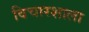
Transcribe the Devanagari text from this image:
विचारशाला